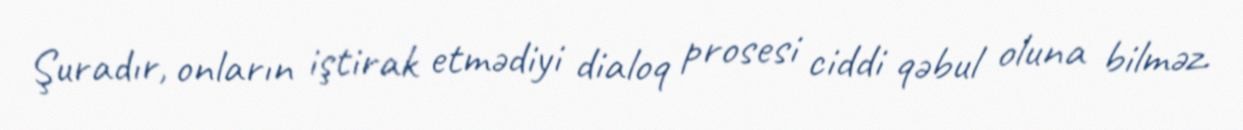
Şuradır, onların iştirak etmədiyi dialoq prosesi ciddi qəbul oluna bilməz.